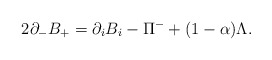
\begin{align*}2 \partial_{-} B_{+} = \partial_i B_i - \Pi^{-} + (1 -\alpha) \Lambda.\end{align*}